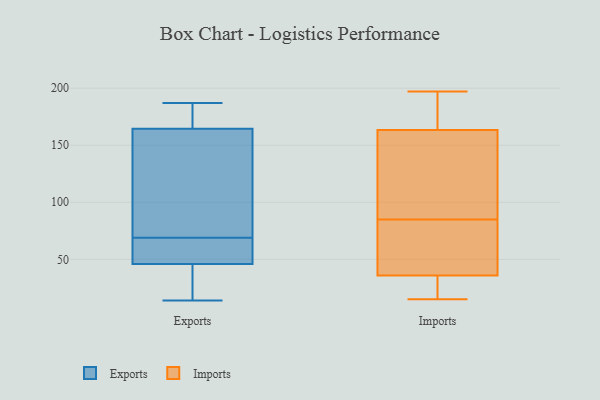
{"axis": {"x": "Backlog", "y": "Value"}, "legend": ["Exports", "Imports"], "data": [{"x": "", "y": 187, "type": "Exports"}, {"x": "", "y": 69, "type": "Exports"}, {"x": "", "y": 128, "type": "Exports"}, {"x": "", "y": 22, "type": "Exports"}, {"x": "", "y": 15, "type": "Exports"}, {"x": "", "y": 66, "type": "Exports"}, {"x": "", "y": 46, "type": "Exports"}, {"x": "", "y": 173, "type": "Exports"}, {"x": "", "y": 154, "type": "Exports"}, {"x": "", "y": 58, "type": "Exports"}, {"x": "", "y": 135, "type": "Exports"}, {"x": "", "y": 14, "type": "Exports"}, {"x": "", "y": 168, "type": "Exports"}, {"x": "", "y": 179, "type": "Exports"}, {"x": "", "y": 46, "type": "Exports"}, {"x": "", "y": 15, "type": "Imports"}, {"x": "", "y": 197, "type": "Imports"}, {"x": "", "y": 136, "type": "Imports"}, {"x": "", "y": 82, "type": "Imports"}, {"x": "", "y": 155, "type": "Imports"}, {"x": "", "y": 170, "type": "Imports"}, {"x": "", "y": 85, "type": "Imports"}, {"x": "", "y": 17, "type": "Imports"}, {"x": "", "y": 23, "type": "Imports"}, {"x": "", "y": 74, "type": "Imports"}, {"x": "", "y": 166, "type": "Imports"}]}